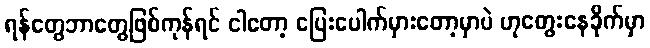
ရန်တွေဘာတွေဖြစ်ကုန်ရင် ငါတော့ ပြေးပေါက်မှားတော့မှာပဲ ဟုတွေးနေခိုက်မှာ